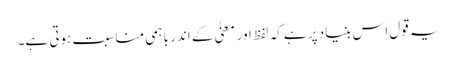
یہ قول اس بنیاد پر ہے کہ لفظ اور معنیٰ کے اندر باہمی مناسبت ہوتی ہے۔